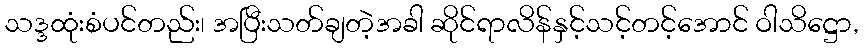
သဒ္ဒထုံးစံပင်တည်း၊ အပြီးသတ်ချတဲ့အခါ ဆိုင်ရာလိန်နှင့်သင့်တင့်အောင် ဝါသိဋ္ဌော,